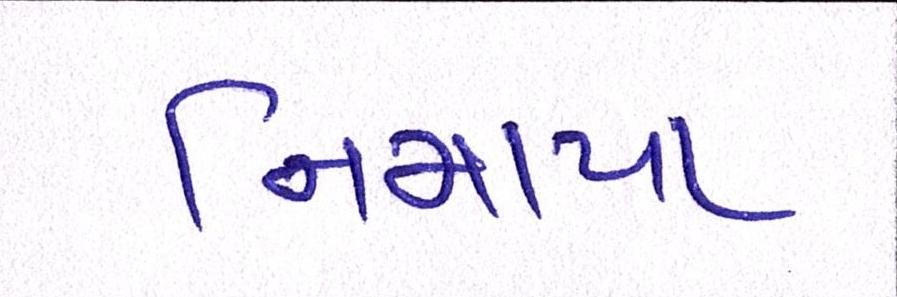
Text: નિમાયા